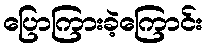
ပြောကြားခဲ့ကြောင်း